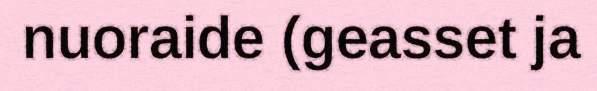
nuoraide (geasset ja